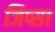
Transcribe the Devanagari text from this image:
जिप्सा